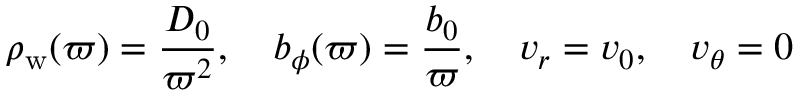
\rho _ { \mathrm { w } } ( \varpi ) = \frac { D _ { 0 } } { \varpi ^ { 2 } } , \quad b _ { \phi } ( \varpi ) = \frac { b _ { 0 } } { \varpi } , \quad v _ { r } = v _ { 0 } , \quad v _ { \theta } = 0